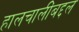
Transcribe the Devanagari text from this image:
हालचालींबद्दल